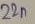
Text: 22n